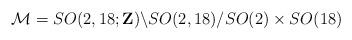
LaTeX: \begin{align*}{\cal M}= SO(2,18;{\bf Z})\backslash SO(2,18)/SO(2) \times SO(18)\end{align*}